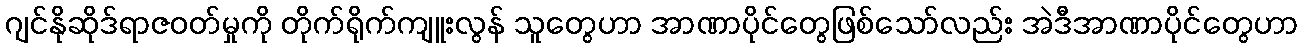
ဂျင်နိုဆိုဒ်ရာဇဝတ်မှုကို တိုက်ရိုက်ကျူးလွန် သူတွေဟာ အာဏာပိုင်တွေဖြစ်သော်လည်း အဲဒီအာဏာပိုင်တွေဟာ